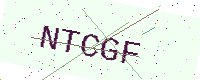
Text: NTCGF